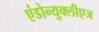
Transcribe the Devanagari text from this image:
एंडोन्युक्लीएज